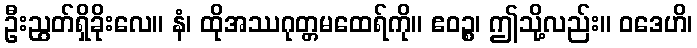
ဦးညွတ်ရှိခိုးလေ။ နံ၊ ထိုအဿဂုတ္တမထေရ်ကို။ ဧဝဉ္စ၊ ဤသို့လည်း။ ဝဒေဟိ၊